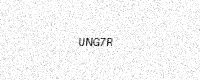
Text: UNG7R